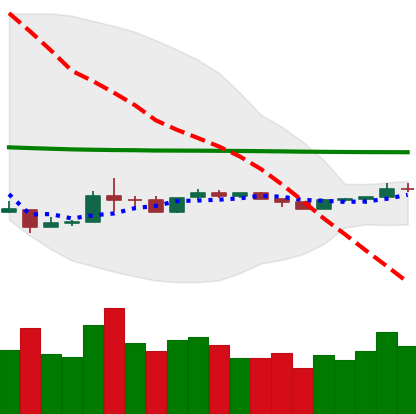
Ticker: ETH-USD
Chart end date: 2020-04-03
Forward return: 21.501%
Label: up_7plus